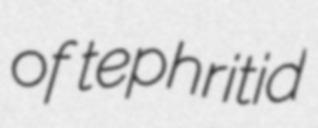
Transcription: of tephritid